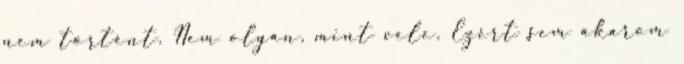
nem történt. Nem olyan, mint vele. Ezért sem akarom